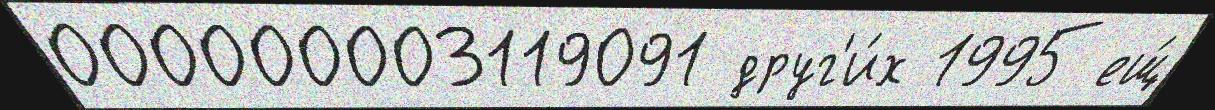
000000003119091 друг'и́х 1995 ещ́